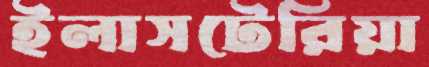
ইলাসটেরিয়া